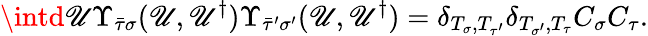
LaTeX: \intd\mathscr{U}\Upsilon_{\bar{{\tau}}\sigma}(\mathscr{U},\mathscr{U}^{\dagger})\Upsilon_{\bar{{\tau}}^{\prime}\sigma^{\prime}}(\mathscr{U},\mathscr{U}^{\dagger})=\delta_{T_{\sigma},T_{\tau^{\prime}}}\delta_{T_{\sigma^{\prime}},T_{\tau}}C_{\sigma}C_{\tau}.